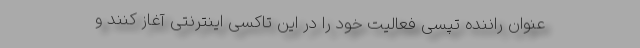
عنوان راننده تپسی فعالیت خود را در این تاکسی اینترنتی آغاز کنند و